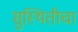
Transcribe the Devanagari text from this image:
सुस्थितीचा